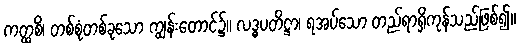
ကတ္ထစိ၊ တစ်စုံတစ်ခုသော ကျွန်းတောင်၌။ လဒ္ဓပတိဋ္ဌာ၊ ရအပ်သော တည်ရာရှိကုန်သည်ဖြစ်၍။